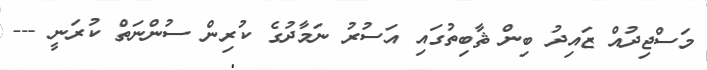
މަސްޖިދުއް ޒައިދު ބިން ޘާބިތުގައި އަސުރު ނަމާދުގެ ކުރިން ސުންނަތް ކުރަނީ ---